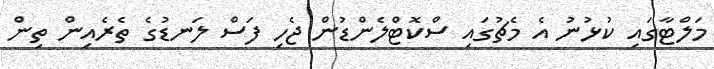
މަލްޓާގައި ކުޅުނު އެ މެޗުގައި ސްކޮޓްލެންޑުން ޖެހި ފަސް ލަނޑުގެ ތެރެއިން ތިން